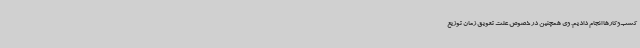
کسب‌و‌‌کارها انجام دادیم. وی همچنین در خصوص علت تعویق زمان توزیع